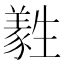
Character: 𤯹